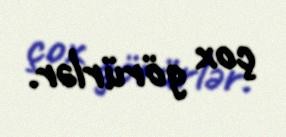
çox görürlər.